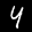
Label: 4